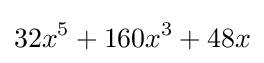
32x^{5}+160x^{3}+48x